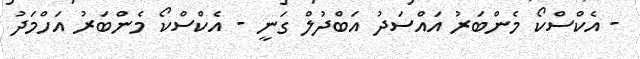
- އެކްސްކޯ މެންބަރު އައްސަދު އަބްދުލް ގަނީ - އެކްސްކޯ މެންބަރު އަހްމަދު